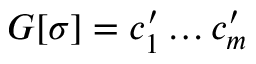
G [ { \sigma } ] = c _ { 1 } ^ { \prime } \ldots c _ { m } ^ { \prime }